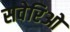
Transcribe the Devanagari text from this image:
सवेरिओ